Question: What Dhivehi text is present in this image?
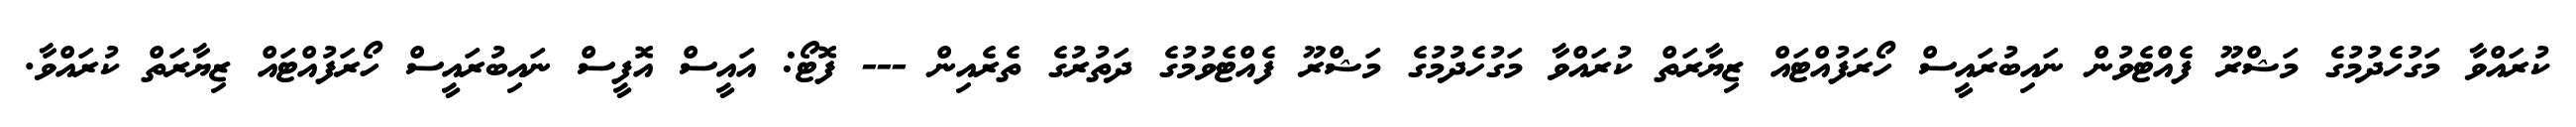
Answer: ކުރައްވާ މަގުހެދުމުގެ މަޝްރޫ ފެއްޓެވުން ނައިބުރައީސް ހޯރަފުއްޓައް ޒިޔާރަތް ކުރައްވާ މަގުހެދުމުގެ މަޝްރޫ ފެއްޓެވުމުގެ ދަތުރުގެ ތެރެއިން --- ފޮޓޯ: އައީސް އޮފީސް ނައިބުރައީސް ހޯރަފުއްޓައް ޒިޔާރަތް ކުރައްވާ.